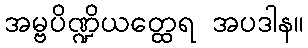
အမ္ဗပိဏ္ဍိယတ္ထေရ အပဒါန။